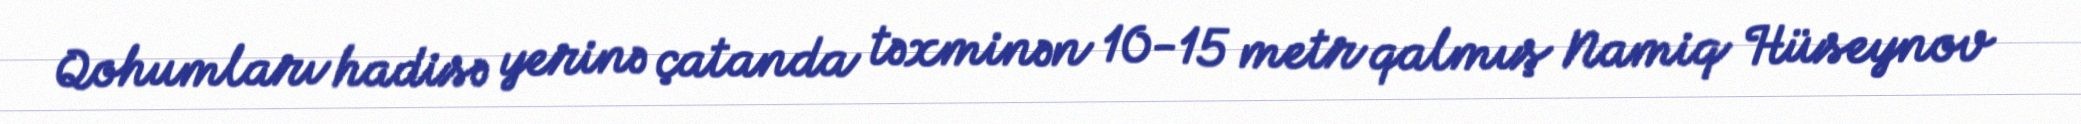
Qohumları hadisə yerinə çatanda təxminən 10-15 metr qalmış Namiq Hüseynov